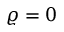
\varrho = 0